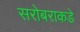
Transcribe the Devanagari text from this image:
सरोबराकडे